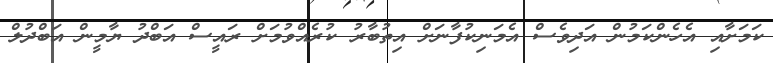
ކަމަށާއި އެހެންކަމުން އަދިވެސް އެމަނިކުފާނަށް އިތުބާރު ކުރެއްވުމަށް ރައީސް އަބްދު ޔާމީން އަބްދުލް